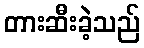
တားဆီးခဲ့သည်